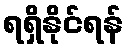
ရရှိနိုင်ရန်